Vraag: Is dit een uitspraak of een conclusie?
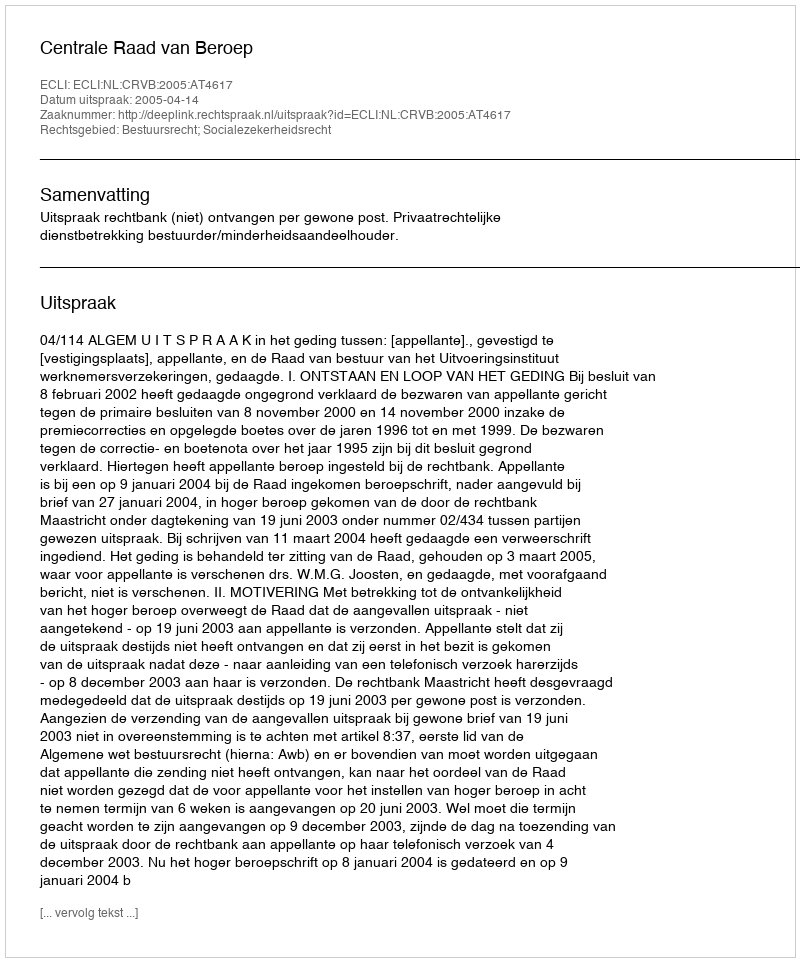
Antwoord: Uitspraak